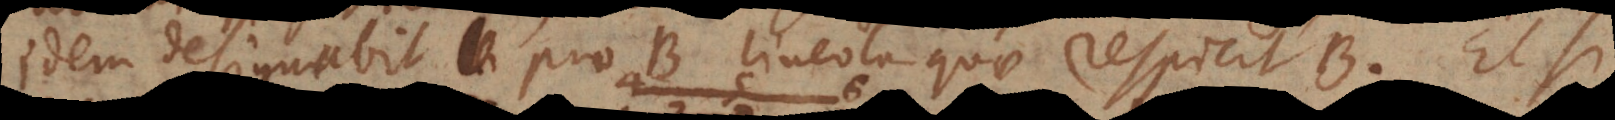
idem designabit pro B lineola quae respicit B. Et si